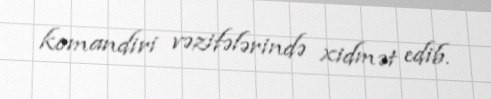
komandiri vəzifələrində xidmət edib.